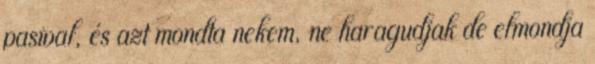
pasival, és azt mondta nekem, ne haragudjak de elmondja